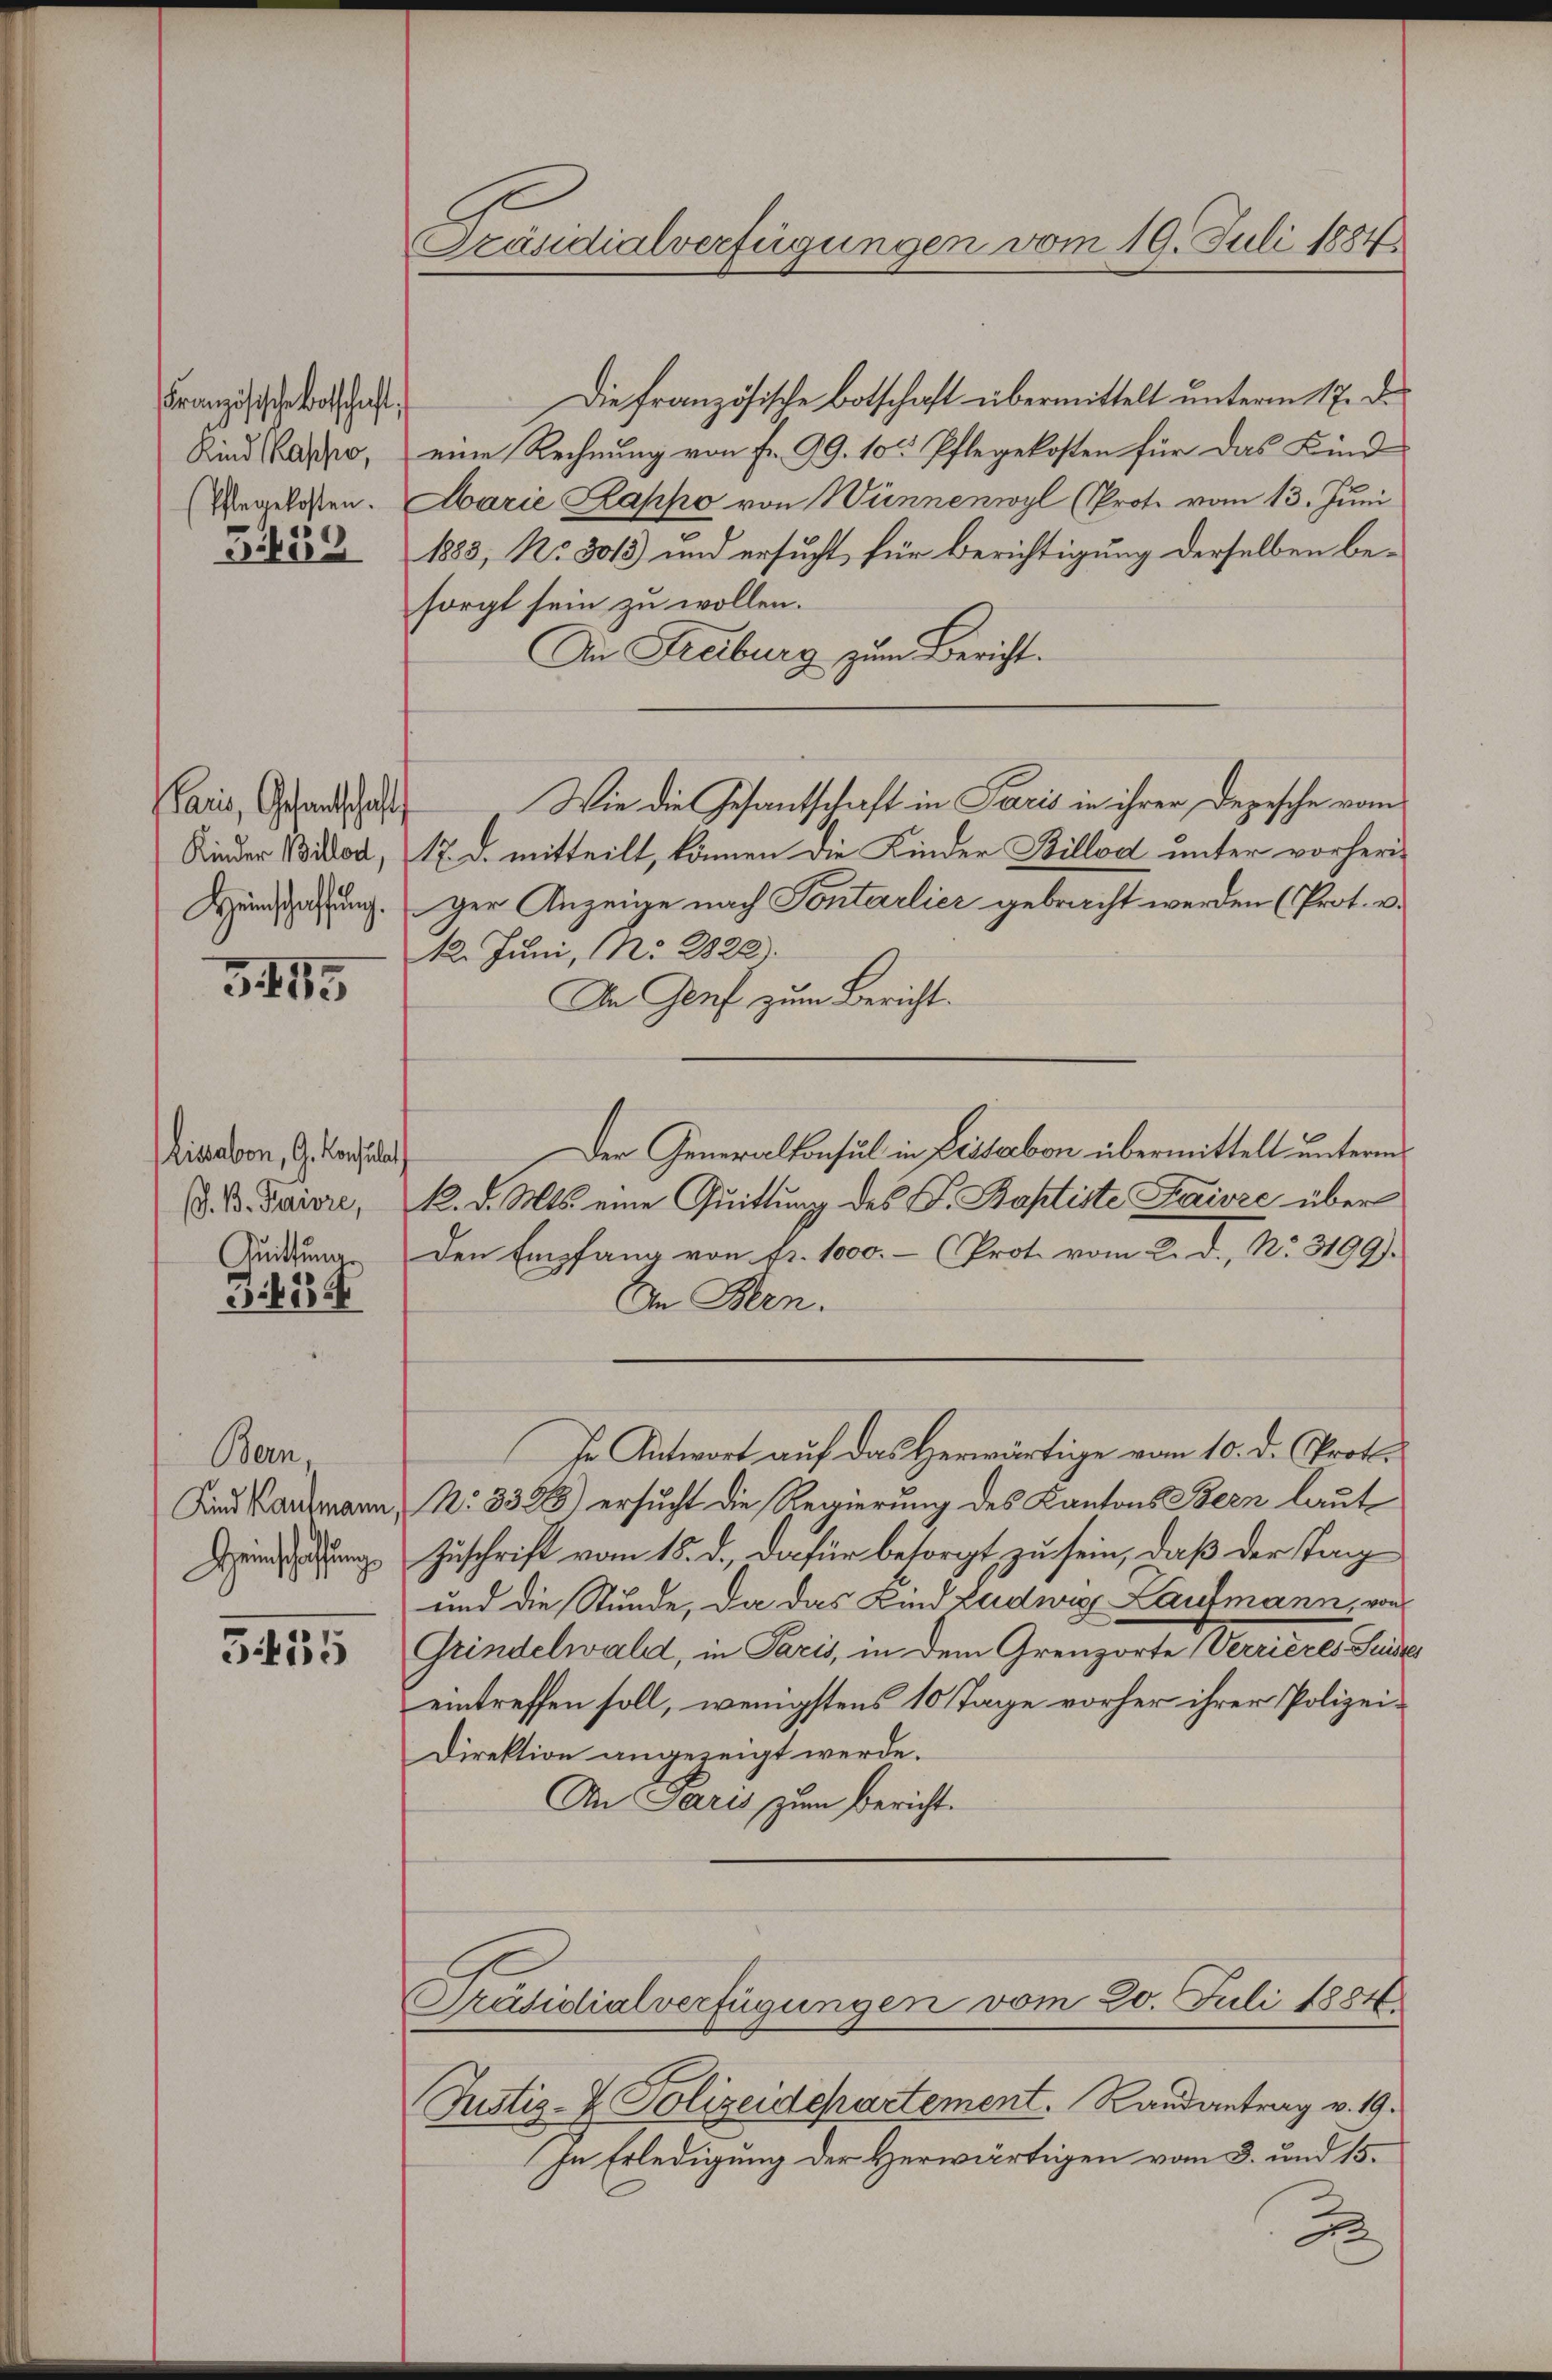
Französische Botschaft,
Kind Kasso,
Pflegekosten.

459

aris, Gesandtschaft
Kinder Billod,

3415

Lisabon, G. Konsulat
V. B. Pariore,
Quittung

3.134

Bern,
Kind Kaufmann,
Heinschaffung

355

Präsidialverfügungen vom 19. Juli 1884.

Die französische Botschaft übermittelt unterm 17. De
eine Rechnung von Fr. 99. 10 Pflegekosten für das Kind
Marie Kappo von Wünnenwyl (Proto vom 13. Juni
1883, No 3013) und ersucht für Berichtigung derselben besorgt sein zu wollen.
An Freiburg zum Bericht.
Wie die Gesantschaft in Paris in ihrer Depesche vom
17. d. mitteilt, können die Kinder Billod unter vorheri¬
Hundschaffung. Der Anzeige nach Sontarlier gebracht werden (Prot. v.
12. Juni, No 2822).
In Genf zum Bericht.
Der Generalkonsul in Dissabon übermittelt unterm
k. d. Mts. eine Quittung des F. Baptiste Faivze über
Den Empfang von fr. 1000.- (Prot. vom 2. d., No. 3199).
In Bern.
In Antwort auf das Herwärtige vom 10. d. Crot.
N: 3386) ersucht die Regierung des Kantons Bern laut
Zuschrift vom 15. d. dafür besorgt zu sein, daß der Tan
und die Stunde, da das Kind zudwig Laufmann, von
Grindelwald, in Paris, in dem Grenzorte Verrieres Suidier
eintreffen soll, wenigstens 10 Tage vorher ihrer Polizei¬
Direktion angezeigt werde.
An Paris zum Bericht.
Präsidialverfügungen vom 20. Juli 1884
Justiz- & Polizeidepartement. Randantrag v. 19.
In Erledigung der Herwärtigen vom 3. und 15.

2